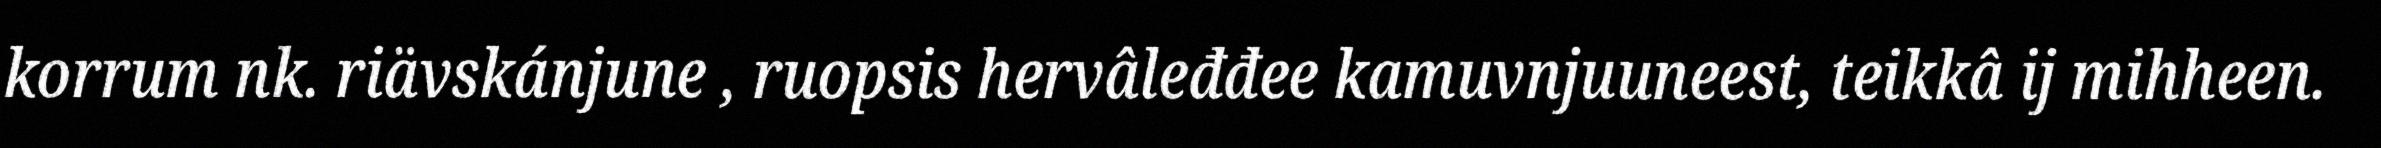
korrum nk. riävskánjune , ruopsis hervâleđđee kamuvnjuuneest, teikkâ ij mihheen.